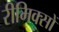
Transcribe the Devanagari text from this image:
रीमिक्सों